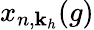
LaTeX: x_{n,\mathbf{k}_{h}}(g)